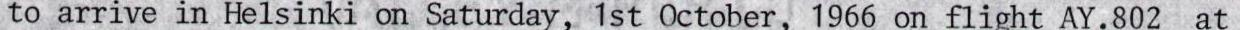
to arrive in Helsinki on Saturday, 1st October, 1966 on flight AY.802 at